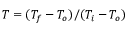
T = ( T _ { f } - T _ { o } ) / ( T _ { i } - T _ { o } )